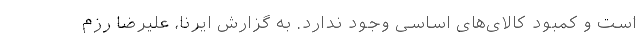
است و کمبود کالای‌های اساسی وجود ندارد. به گزارش ایرنا، علیرضا رزم